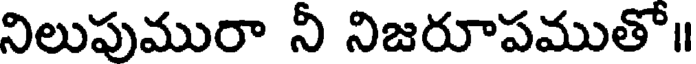
నిలుపుమురా నీ నిజరూపముతో॥